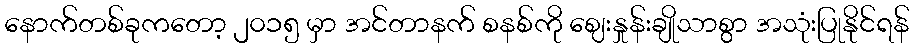
နောက်တစ်ခုကတော့ ၂၀၁၅ မှာ အင်တာနက် စနစ်ကို ဈေးနှုန်းချိုသာစွာ အသုံးပြုနိုင်ရန်